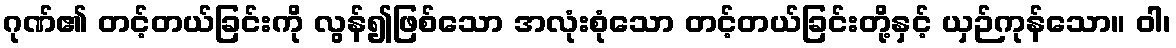
ဂုဏ်၏ တင့်တယ်ခြင်းကို လွန်၍ဖြစ်သော အလုံးစုံသော တင့်တယ်ခြင်းတို့နှင့် ယှဉ်ကုန်သော။ ဝါ၊